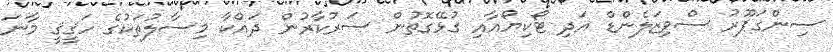
ސިންގަޕޫރު ސްވިޒަލެންޑް އަދި ޓޯކިޔޯއާއި ގުޅޭގޮތުން ސަރުކާރުން ދައްކާ މިސާލުތަކުގެ ހަޤީޤީ މާނަ